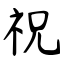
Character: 祝